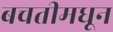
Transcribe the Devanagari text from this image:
बचतीमधून